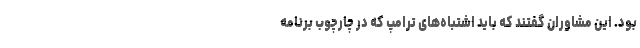
بود. این مشاوران گفتند که باید اشتباه‌های ترامپ که در چارچوب برنامه